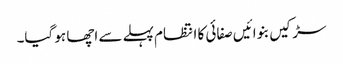
سڑکیں بنوائیں صفائی کا انتظام پہلے سے اچھا ہو گیا۔